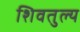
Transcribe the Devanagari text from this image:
शिवतुल्य